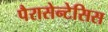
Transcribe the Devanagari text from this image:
पैरासेन्टेसिस